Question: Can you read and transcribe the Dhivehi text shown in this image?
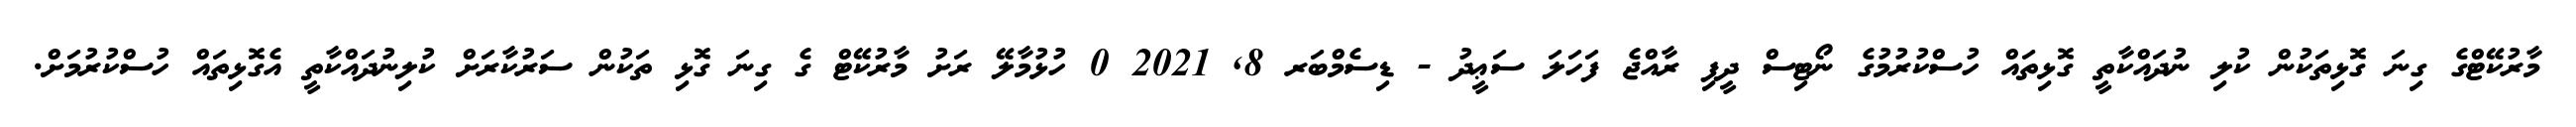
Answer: މާރުކޭޓްގެ ގިނަ ގޮޅިތަކުން ކުލި ނުދައްކާތީ ގޮޅިތައް ހުސްކުރުމުގެ ނޯޓިސް ދީފި ރާއްޖެ ފަހަލަ ސަޢީދު - ޑިސެމްބަރ 8, 2021 0 ހުޅުމާލޭ ރަށު މާރުކޭޓް ގެ ގިނަ ގޮޅި ތަކުން ސަރުކާރަށް ކުލިނުދައްކާތީ އެގޮޅިތައް ހުސްކުރުމަށް.